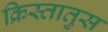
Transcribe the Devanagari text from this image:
क्रिस्‍तातुस